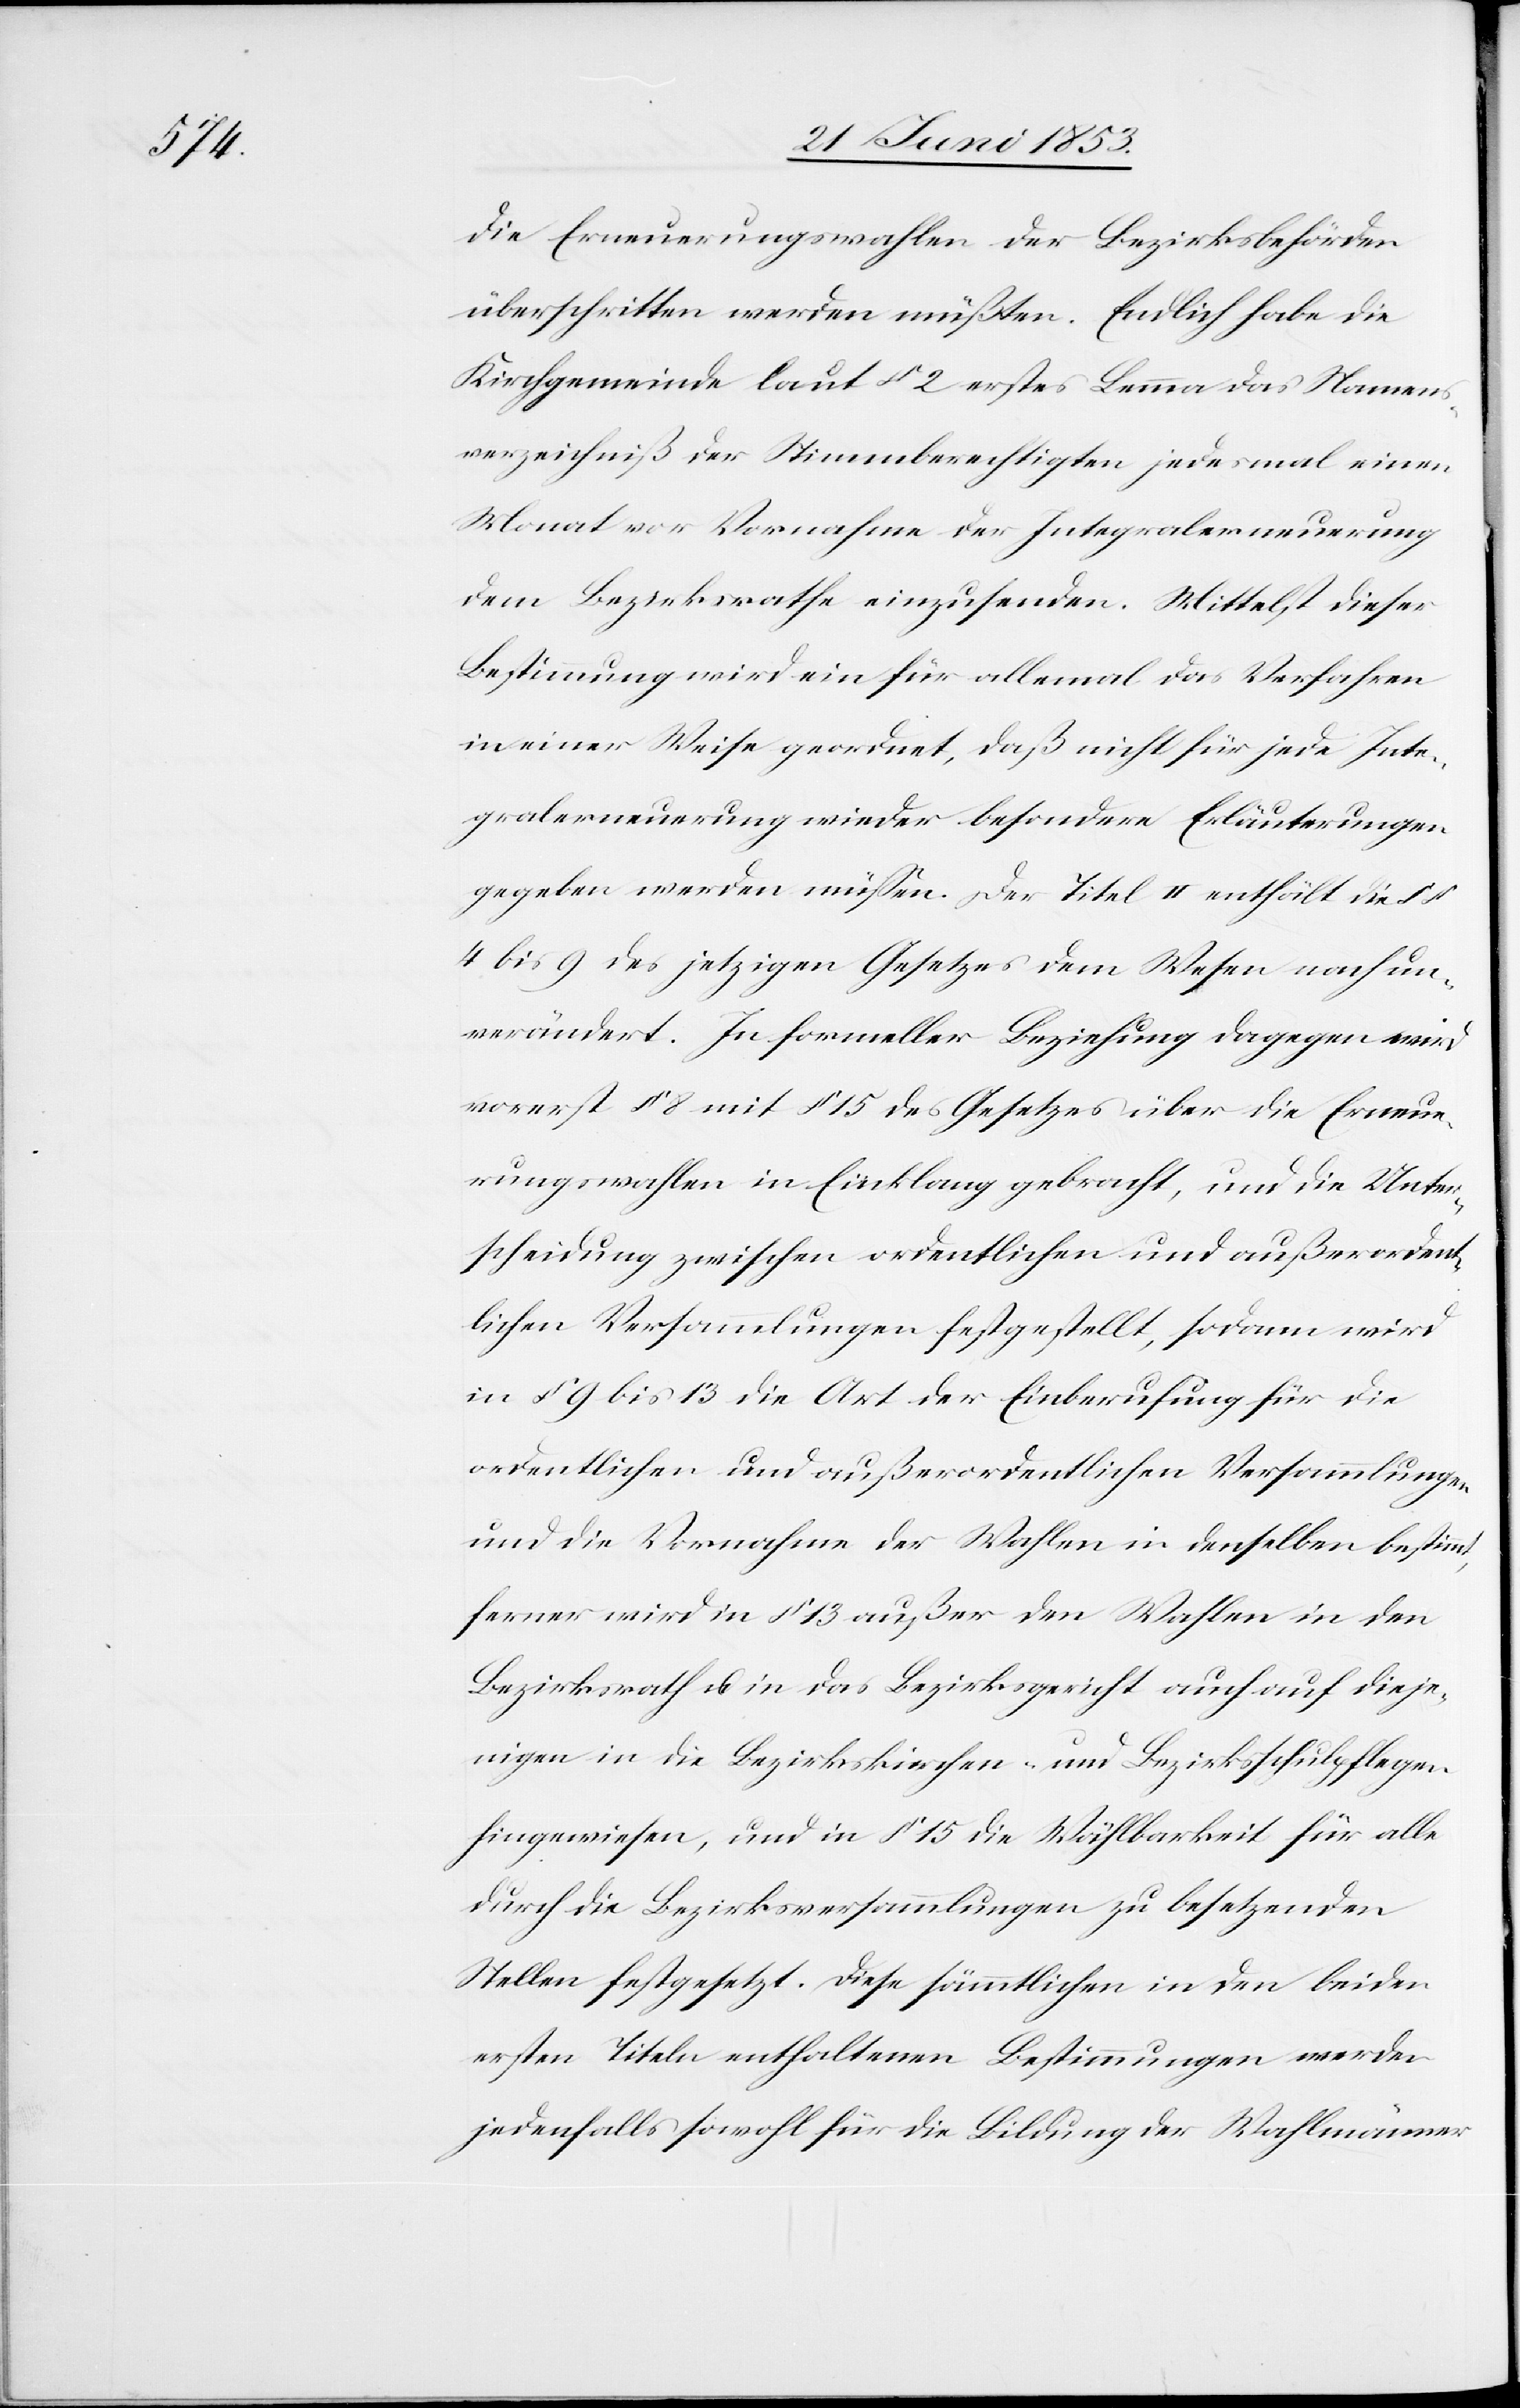
die Erneuerungswahlen der Bezirksbehörden
überschritten werden müßten. Endlich habe die
Kirchgemeinde laut § 2 erstes Lemma das Namens¬
verzeichniß der Stimmberechtigten jedesmal einen
Monat vor Vornahme der Integralerneuerung
dem Bezirksrathe einzusenden. Mittelst dieser
Bestimmung wird ein für allemal das Verfahren
in einer Weise geordnet, daß nicht für jede Inte¬
gralerneuerung wieder besondere Erläuterungen
gegeben werden müßen. Der Titel II enthält die §§
4 bis 9 des jetzigen Gesetzes dem Wesen nach un¬
verändert. In formeller Beziehung dagegen wird
vorerst § 8 mit § 15 des Gesetzes über die Erneue¬
rungswahlen in Einklang gebracht, und die Unter¬
scheidung zwischen ordentlichen und außerordent¬
lichen Versammlungen festgestellt, sodann wird
in § 9 bis 13 die Art der Einberufung für die
ordentlichen und außerordentlichen Versammlungen
und die Vornahme der Wahlen in denselben bestimmt,
ferner wird in § 13 außer den Wahlen in den
Bezirksrath u. in das Bezirksgericht auch auf dieje¬
nigen in die Bezirkskirchen- und Bezirksschulpflegen
hingewiesen, und in § 15 die Wählbarkeit für alle
durch die Bezirksversammlungen zu besetzenden
Stellen festgesetzt. Diese sämmtlichen in den beiden
ersten Titeln enthaltenen Bestimmungen werden
jedenfalls sowohl für die Bildung der Wahlmänner